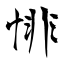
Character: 悱